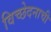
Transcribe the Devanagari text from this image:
विच्छेदनाची